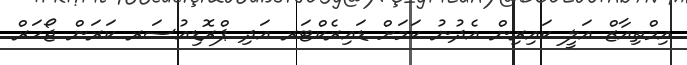
އިމްތިއާޒް އަލީ ކައިރިން އެދުނު ކަމަށް ޑައިރެކްޓަރ އަދި ޕްރޮޑިއުސަރ ކަރަން ޖޯހަރް